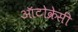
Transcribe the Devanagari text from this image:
ऑटोक्रेसी